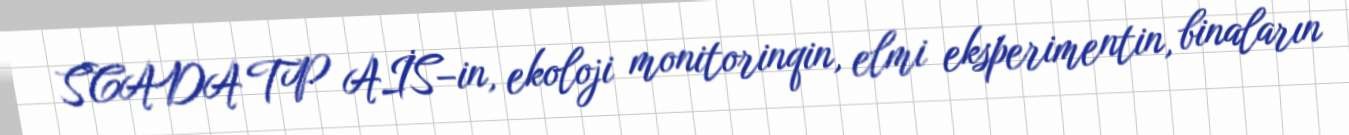
SCADA TP AİS–in, ekoloji monitorinqin, elmi eksperimentin, binaların